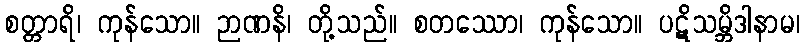
စတ္တာရိ၊ ကုန်သော။ ဉာဏနိ၊ တို့သည်။ စတဿော၊ ကုန်သော။ ပဋိသမ္ဘိဒါနာမ၊